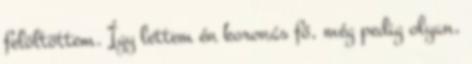
felöltöttem. Így lettem én koronás fő, még pedig olyan,